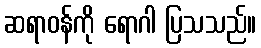
ဆရာဝန်ကို ရောဂါ ပြသသည်။